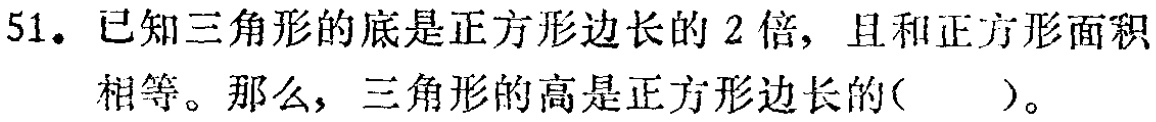
51. 已知三角形的底是正方形边长的 2 倍，且和正方形面积相等。那么，三角形的高是正方形边长的( )。